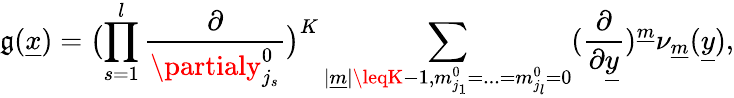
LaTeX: \mathfrak{g}(\underline{{{{x}}}})=\bigl(\prod_{s=1}^{l}\frac{{\partial}}{{\partialy_{j_{s}}^{0}}}\bigr)^{K}\sum_{|\underline{{{{m}}}}|\leqK-1,m_{j_{1}}^{0}=...=m_{j_{l}}^{0}=0}(\frac{{\partial}}{{\partial\underline{{{{y}}}}}})^{\underline{{{{m}}}}}\nu_{\underline{{{{m}}}}}(\underline{{{{y}}}}),